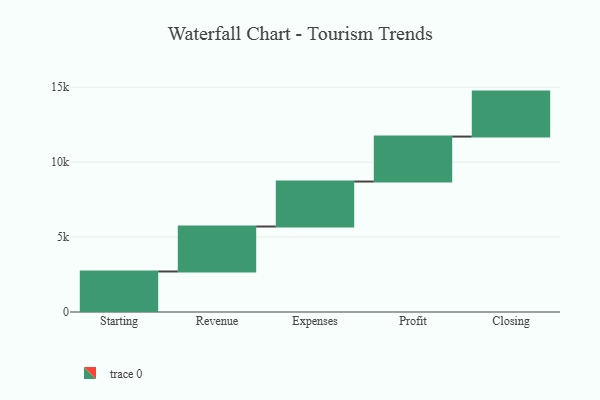
{"axis": {"x": "Step", "y": "Value"}, "legend": [""], "data": [{"x": "Starting", "y": 2703.0, "type": ""}, {"x": "Revenue", "y": 3000, "type": ""}, {"x": "Expenses", "y": 3000, "type": ""}, {"x": "Profit", "y": 3000, "type": ""}, {"x": "Closing", "y": 3000, "type": ""}]}